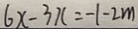
6 x - 3 x = - 1 - 2 m